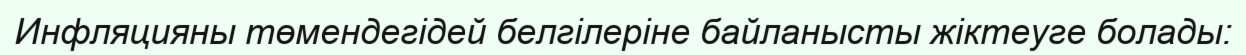
Инфляцияны төмендегідей белгілеріне байланысты жіктеуге болады: